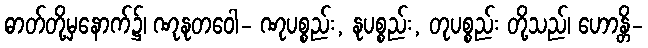
ဓာတ်တို့မှနောက်၌၊ ဏုနုတဝေါ- ဏုပစ္စည်း, နုပစ္စည်း, တုပစ္စည်း တို့သည်၊ ဟောန္တိ-